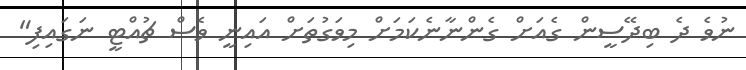
ނުވެ ދެ ބިދޭސީން ގެއަށް ގެންނާނެކަމަށް މިވަގުތަށް އައިނީ ވެސް ޗުއްޓީ ނަގައިފި"